Vaccination in Bombay 1874-1876 - 1874-1876
Year: 1874
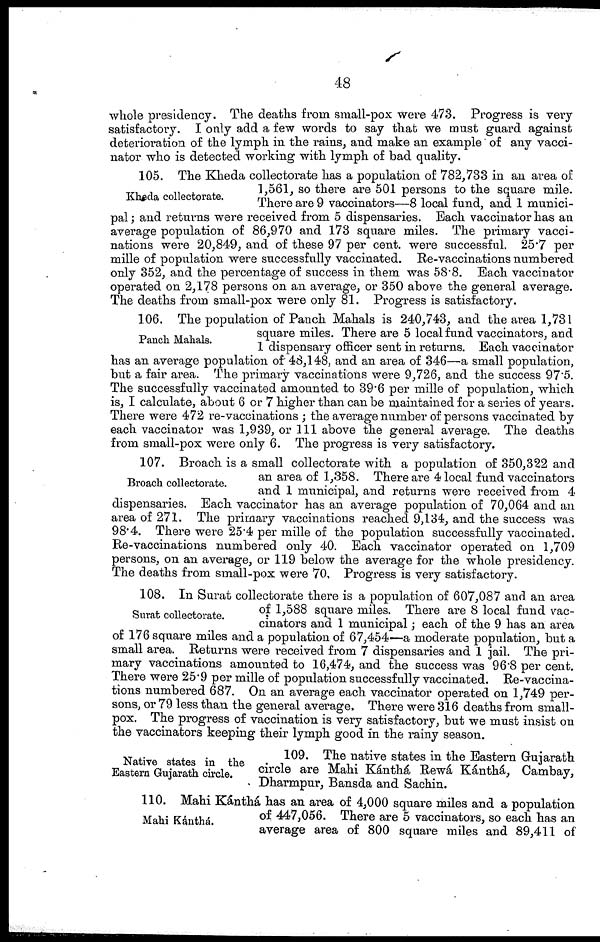
48
whole presidency. The deaths from small-pox were 473. Progress is very
satisfactory. I only add a few words to say that we must guard against
deterioration of the lymph in the rains, and make an example of any vacci¬
nator who is detected working with lymph of bad quality.
Kheda collectorate.
105. The Kheda collectorate has a population of 782,733 in an area of
1,561, so there are 501 persons to the square mile.
There are 9 vaccinators—8 local fund, and 1 munici-
pal ; and returns were received from 5 dispensaries. Each vaccinator has an
average population of 86,970 and 173 square miles. The primary vacci-
nations were 20,849, and of these 97 per cent. were successful. 25.7 per
mille of population were successfully vaccinated. Re-vaccinations numbered
only 352, and the percentage of success in them was 58.8. Each vaccinator
operated on 2,178 persons on an average, or 350 above the general average.
The deaths from small-pox were only 81. Progress is satisfactory.
Panch Mahals.
106. The population of Panch Mahals is 240,743, and the area 1,731
square miles. There are 5 local fund vaccinators, and
1 dispensary officer sent in returns. Each vaccinator
has an average population of 48,148, and an area of 346—a small population,
but a fair area. The primary vaccinations were 9,726, and the success 97.5.
The successfully vaccinated amounted to 39.6 per mille of population, which
is, I calculate, about 6 or 7 higher than can be maintained for a series of years.
There were 472 re-vaccinations ; the average number of persons vaccinated by
each vaccinator was 1,939, or 111 above the general average. The deaths
from small-pox were only 6. The progress is very satisfactory.
Broach collectorate.
107. Broach is a small collectorate with a population of 350,322 and
an area of 1,358. There are 4 local fund vaccinators
and 1 municipal, and returns were received from 4
dispensaries. Each vaccinator has an average population of 70,064 and an
area of 271. The primary vaccinations reached 9,134, and the success was
98.4. There were 25.4 per mille of the population successfully vaccinated.
Re-vaccinations numbered only 40. Each vaccinator operated on 1,709
persons, on an average, or 119 below the average for the whole presidency.
The deaths from small-pox were 70. Progress is very satisfactory.
Surat collectorate.
108. In Surat collectorate there is a population of 607,087 and an area
of 1,588 square miles. There are 8 local fund vac-
cinators and 1 municipal; each of the 9 has an area
of 176 square miles and a population of 67,454—a moderate population, but a
small area. Returns were received from 7 dispensaries and 1 jail. The pri-
mary vaccinations amounted to 16,474, and the success was 96.8 per cent.
There were 25.9 per mille of population successfully vaccinated. Re-vaccina-
tions numbered 687. On an average each vaccinator operated on 1,749 per-
sons, or 79 less than the general average. There were 316 deaths from small-
pox. The progress of vaccination is very satisfactory, but we must insist on
the vaccinators keeping their lymph good in the rainy season.
Native states in the
Eastern Gujarath circle.
109. The native states in the Eastern Gujarath
circle are Mahi Kánthá Rewá Kánthá, Cambay,
Dharmpur, Bansda and Sachin.
Mahi Kánthá.
110. Mahi Kánthá has an area of 4,000 square miles and a population
of 447,056. There are 5 vaccinators, so each has an
average area of 800 square miles and 89,411 of